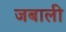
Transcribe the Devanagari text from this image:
जबाली